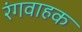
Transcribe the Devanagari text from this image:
रंगवाहक